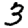
Digit: 3